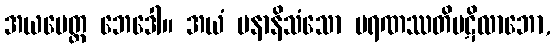
အယမေတ္ထ ဘေဒေါ။ အယံ ပနာနိသံသော မရဏဿတိပဋိလာဘော,